Punjab Mental Hospital Lahore 1932-46 - 1932-1946
Year: 1932
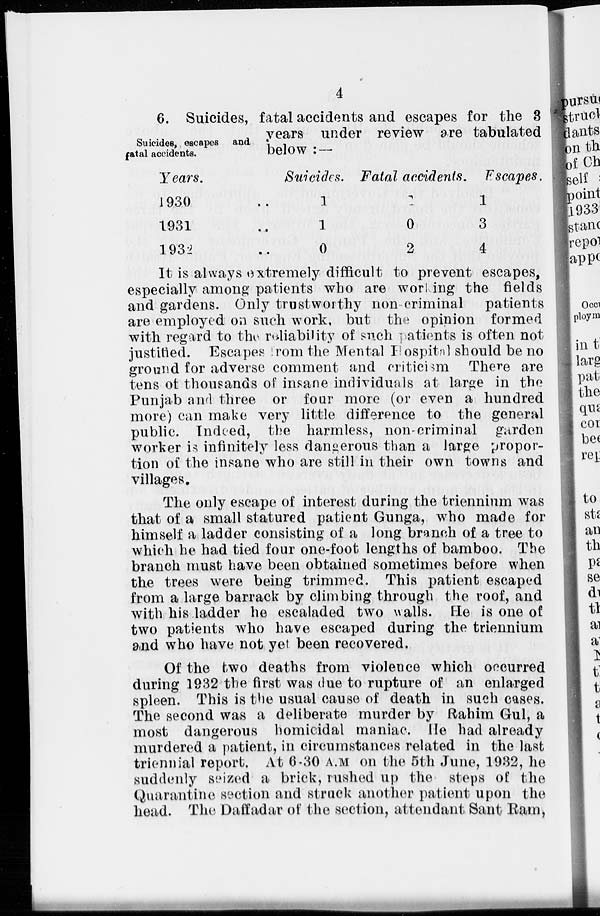
4
Suicides, escapes and
fatal accidents.
6. Suicides, fatal accidents and escapes for the 3
years under review are tabulated
below : —
Years.
1930 ..
1931 ..
1932 ..
Suicides.
1
1
0
Fatal accidents.
1
0
2
Escapes.
1
3
4
It is always extremely difficult to prevent escapes,
especially among patients who are working the fields
and gardens. Only trustworthy non-criminal patients
are employed on such work, but the opinion formed
with regard to the reliability of such patients is often not
justified. Escapes from the Mental Hospital should be no
ground for adverse comment and criticism There are
tens of thousands of insane individuals at large in the
Punjab and three or four more (or even a hundred
more) can make very little difference to the general
public. Indeed, the harmless, non-criminal garden
worker is infinitely less dangerous than a large propor-
tion of the insane who are still in their own towns and
villages.
The only escape of interest during the triennium was
that of a small statured patient Gunga, who made for
himself a ladder consisting of a long branch of a tree to
which he had tied four one-foot lengths of bamboo. The
branch must have been obtained sometimes before when
the trees were being trimmed. This patient escaped
from a large barrack by climbing through the roof, and
with his ladder he escaladed two walls. He is one of
two patients who have escaped during the triennium
and who have not yet been recovered.
Of the two deaths from violence which occurred
during 1932 the first was due to rupture of an enlarged
spleen. This is the usual cause of death in such cases.
The second was a deliberate murder by Rahim Gul, a
most dangerous homicidal maniac. He had already
murdered a patient, in circumstances related in the last
triennial report. At 6.30 A.M on the 5th June, 1932, he
suddenly seized a brick, rushed up the steps of the
Quarantine section and struck another patient upon the
head. The Daffadar of the section, attendant Sant Ram,